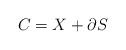
LaTeX: \begin{align*} C = X + \partial S \end{align*}